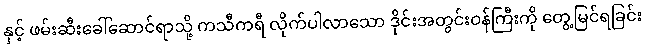
နှင့် ဖမ်းဆီးခေါ်ဆောင်ရာသို့ ကသီကရီ လိုက်ပါလာသော ဒိုင်းအတွင်းဝန်ကြီးကို တွေ့မြင်ရခြင်း